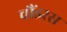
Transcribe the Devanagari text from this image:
चौंडरस